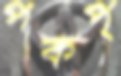
পকপ্